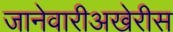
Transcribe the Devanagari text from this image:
जानेवारीअखेरीस